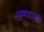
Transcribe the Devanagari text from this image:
घुबडाची